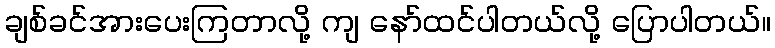
ချစ်ခင်အားပေးကြတာလို့ ကျ နော်ထင်ပါတယ်လို့ ပြောပါတယ်။